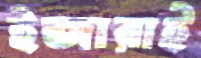
ইজারাই